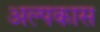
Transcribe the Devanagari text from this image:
अल्पकास